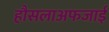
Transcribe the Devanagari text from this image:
हौसलाअफजाई